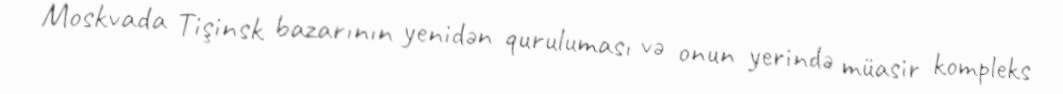
Moskvada Tişinsk bazarının yenidən quruluması və onun yerində müasir kompleks